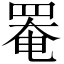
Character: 罨